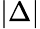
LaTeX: |\Delta|